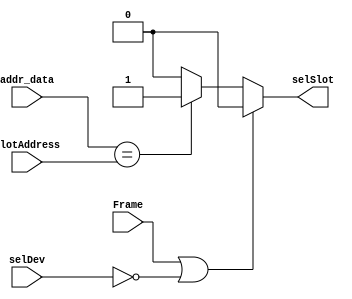
module Slot(selSlot, Frame, selDev, addr_data, slotAddress);

output selSlot;
input Frame, selDev;	//PCI control pins
input [31:0] addr_data;	 			//pci address/data bus
input [4:0] slotAddress; 			//address given to this slot

assign selSlot = Frame | !selDev? 0 :addr_data == slotAddress?1:0;

endmodule